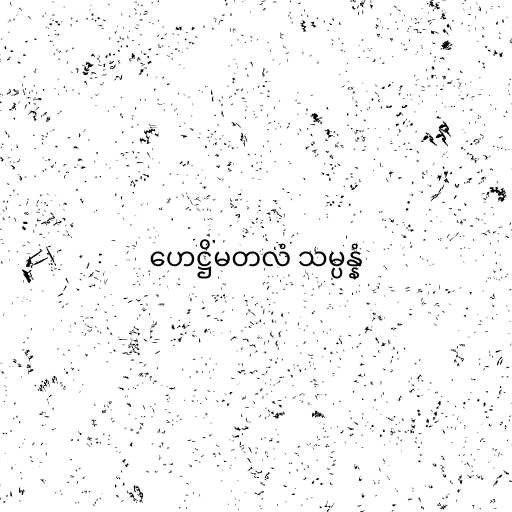
ဟေဋ္ဌိမတလံ သမ္ပန္နံ